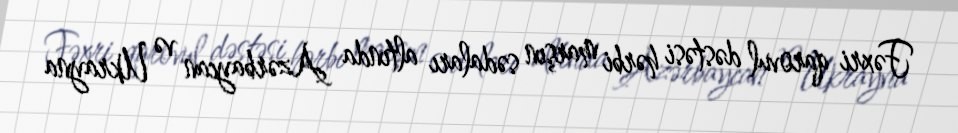
Fəxri qarovul dəstəsi hərbi marşın sədaları altında Azərbaycan və Ukrayna